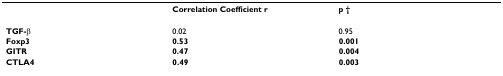
<table><thead><tr><td></td><td><b>Correlation Coefficient r</b></td><td><b>p †</b></td></tr></thead><tbody><tr><td><b>TGF-β </b></td><td>0.02</td><td>0.95</td></tr><tr><td><b>Foxp3</b></td><td><b>0.53</b></td><td><b>0.001</b></td></tr><tr><td><b>GITR</b></td><td><b>0.47</b></td><td><b>0.004</b></td></tr><tr><td><b>CTLA4</b></td><td><b>0.49</b></td><td><b>0.003</b></td></tr></tbody></table>